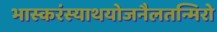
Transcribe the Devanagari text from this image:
भास्करंस्याथयोजनैलतन्मिरो